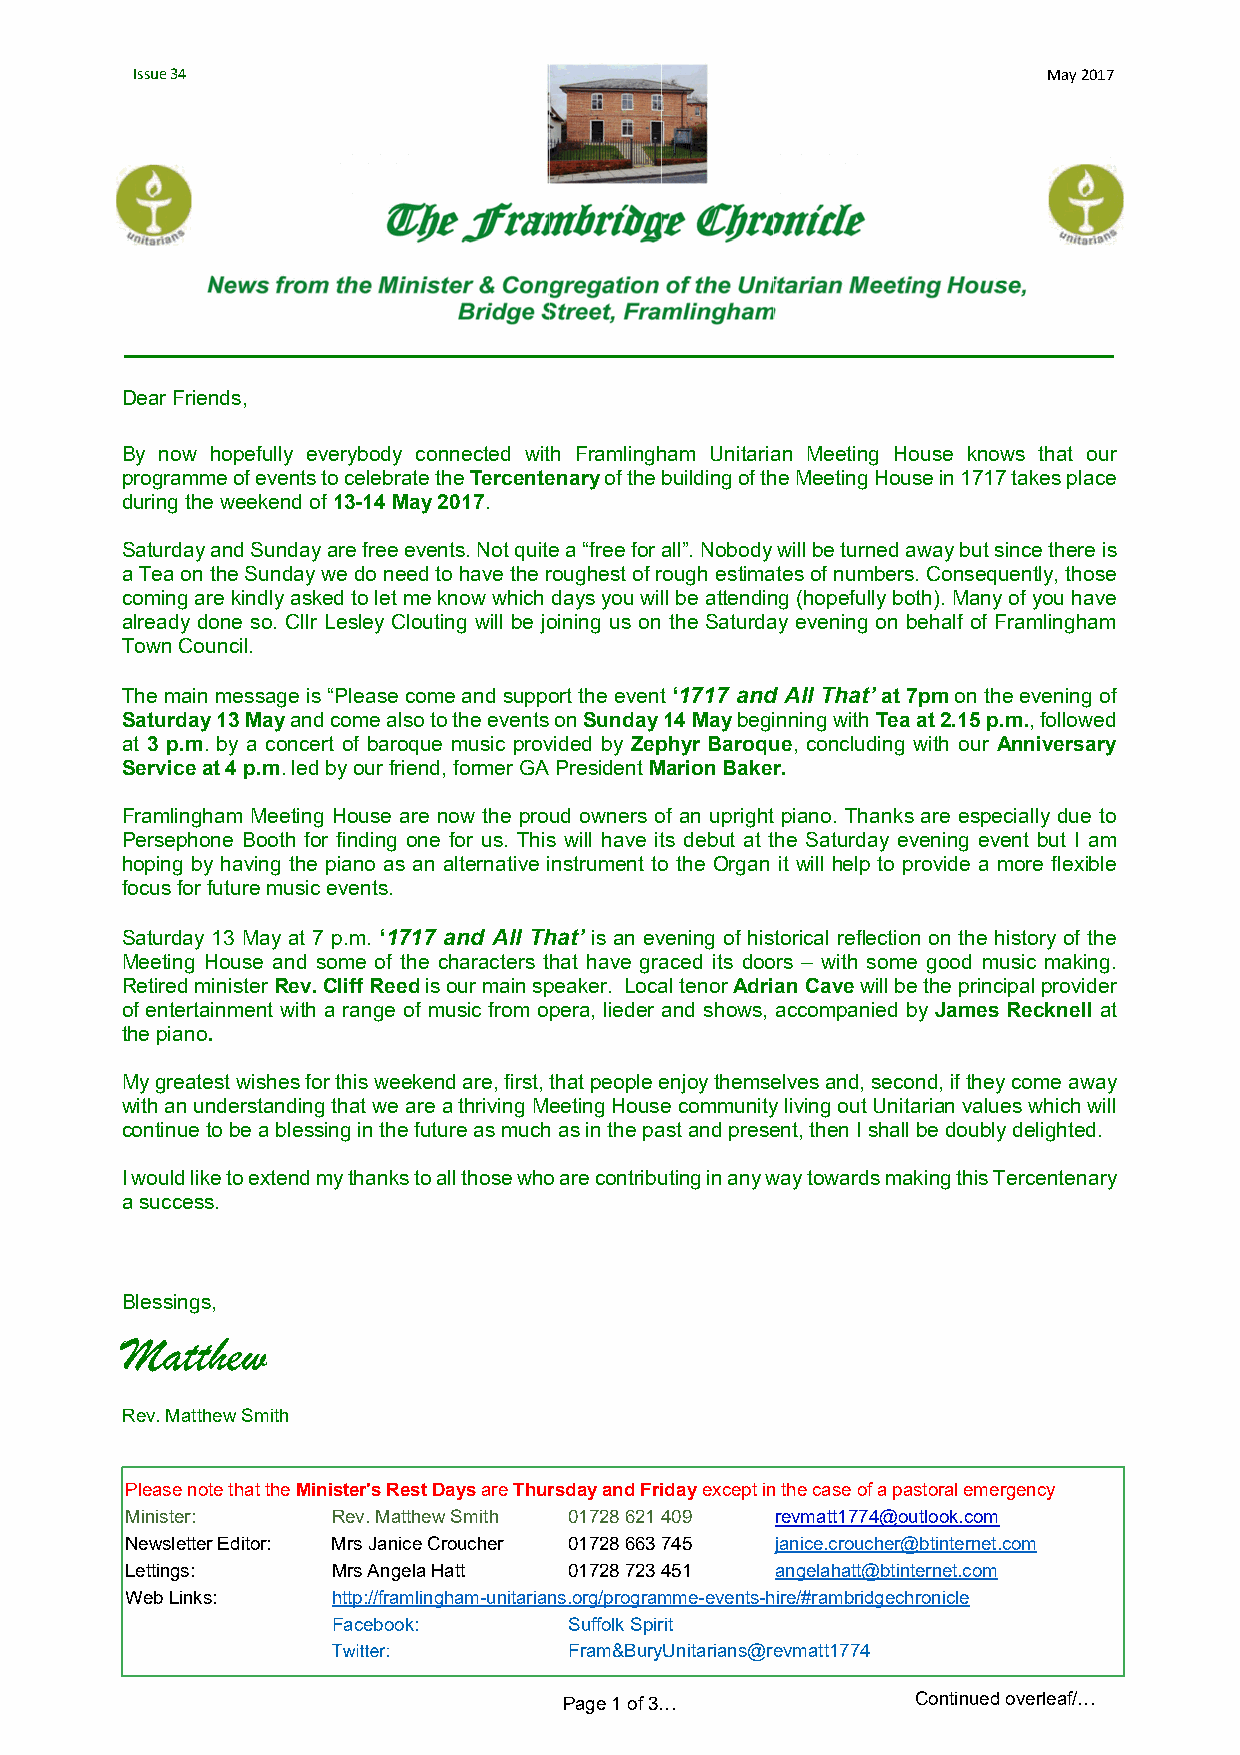
Issue 34                                                    May2017
 Dear Friends,
 By now hopefully everybody connected with Framlingham Unitarian Meeting House knows that our
 programme of events to celebrate the Tercentenary of the building of the Meeting House in 1717 takes place
 during the weekend of 13-14 May 2017.
 Saturday and Sunday are free events. Not quite a “free for all”. Nobody will be turned away but since there is
 a Tea on the Sunday we do need to have the roughest of rough estimates of numbers. Consequently, those
 coming are kindly asked to let me know which days you will be attending (hopefully both). Many of you have
 already done so. Cllr Lesley Clouting will be joining us on the Saturday evening on behalf of Framlingham
 Town Council.
 The main message is “Please come and support the event ‘1717 and All That’ at 7pm on the evening of
 Saturday 13 May and come also to the events on Sunday 14 May beginning with Tea at 2.15 p.m., followed
 at 3 p.m. by a concert of baroque music provided by Zephyr Baroque, concluding with our Anniversary
 Service at 4 p.m. led by our friend, former GA President Marion Baker.
 Framlingham Meeting House are now the proud owners of an upright piano. Thanks are especially due to
 Persephone Booth for finding one for us. This will have its debut at the Saturday evening event but I am
 hoping by having the piano as an alternative instrument to the Organ it will help to provide a more flexible
 focus for future music events.
 Saturday 13 May at 7 p.m. ‘1717 and All That’ is an evening of historical reflection on the history of the
 Meeting House and some of the characters that have graced its doors – with some good music making.
 Retired minister Rev. Cliff Reed is our main speaker. Local tenor Adrian Cave will be the principal provider
 of entertainment with a range of music from opera, lieder and shows, accompanied by James Recknell at
 the piano.
 My greatest wishes for this weekend are, first, that people enjoy themselves and, second, if they come away
 with an understanding that we are a thriving Meeting House community living out Unitarian values which will
 continue to be a blessing in the future as much as in the past and present, then I shall be doubly delighted.
 I would like to extend my thanks to all those who are contributing in any way towards making this Tercentenary
 a success.
 Blessings,
 Matthew
 Rev. Matthew Smith
 Please note that the Minister'sRest Days are Thursdayand Fridayexceptinthecaseof a pastoral emergency
 Minister:     Rev. Matthew Smith 01728 621 409 revmatt1774@outlook.com
 Newsletter Editor: Mrs Janice Croucher 01728 663 745 janice.croucher@btinternet.com
 Lettings:     Mrs Angela Hatt 01728 723 451 angelahatt@btinternet.com
 Web Links:    http://framlingham-unitarians.org/programme-events-hire/#rambridgechronicle
 Facebook:       SuffolkSpirit
 Fram&BuryUnitarians@revmatt1774
 Page 1 of 3…            Continued overleaf/…